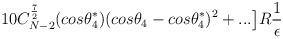
\begin{align*}10C_{N-2}^{\frac{7}{2}}(cos{\theta_4^*})(cos\theta_4 - cos\theta_4^*)^2 + ...\big{]}R\frac{1}{\epsilon}\end{align*}